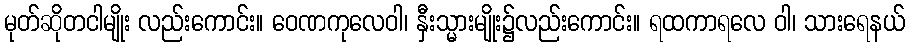
မုတ်ဆိုတငါမျိုး လည်းကောင်း။ ဝေဏကုလေဝါ၊ နှီးသ္မားမျိုး၌လည်းကောင်း။ ရထကာရလေ ဝါ၊ သားရေနယ်